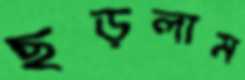
ছড়লাম